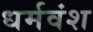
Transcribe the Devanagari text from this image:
धर्मवंश